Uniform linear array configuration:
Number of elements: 64
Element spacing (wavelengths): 0.5
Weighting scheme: uniform
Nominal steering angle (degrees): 45
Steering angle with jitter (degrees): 44.653
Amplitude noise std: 0.05
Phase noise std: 0.05

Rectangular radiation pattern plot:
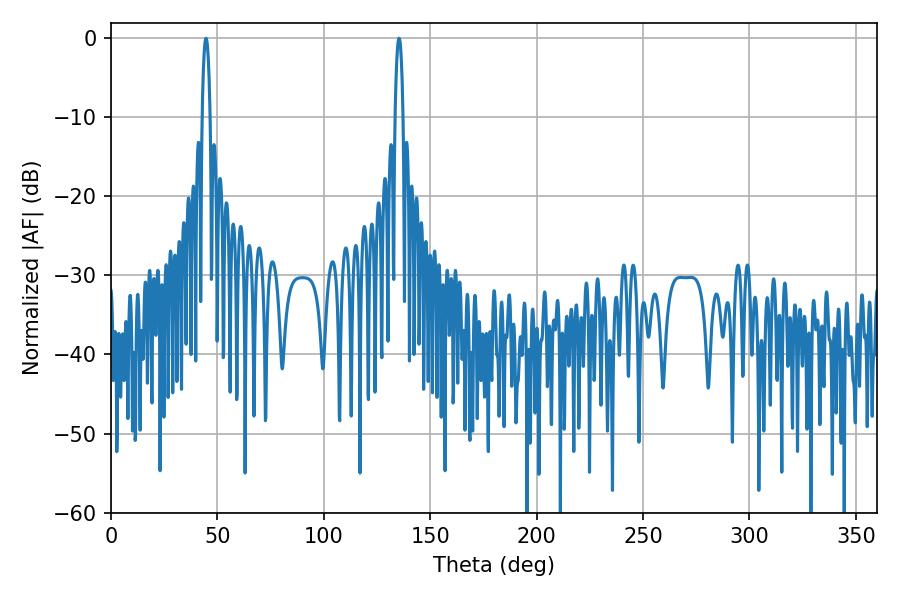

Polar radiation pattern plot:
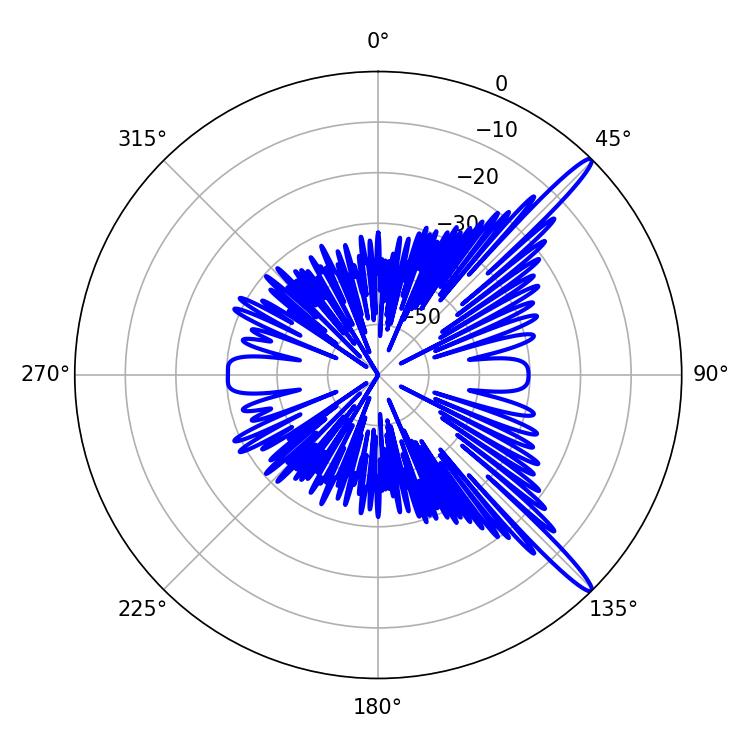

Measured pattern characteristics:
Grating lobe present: FALSE
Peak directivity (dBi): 15.136
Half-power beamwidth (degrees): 2.16
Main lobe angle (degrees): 44.64